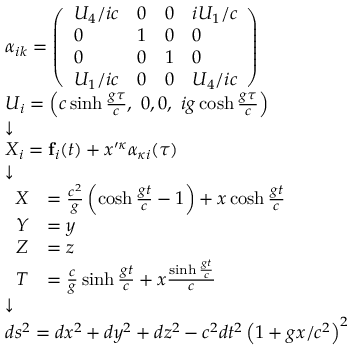
\scriptstyle { \begin{array} { l } { \alpha _ { i k } = \left( { \begin{array} { l l l l } { U _ { 4 } / i c } & { 0 } & { 0 } & { i U _ { 1 } / c } \\ { 0 } & { 1 } & { 0 } & { 0 } \\ { 0 } & { 0 } & { 1 } & { 0 } \\ { U _ { 1 } / i c } & { 0 } & { 0 } & { U _ { 4 } / i c } \end{array} } \right) } \\ { U _ { i } = \left( c \sinh { \frac { g \tau } { c } } , \ 0 , 0 , \ i g \cosh { \frac { g \tau } { c } } \right) } \\ { { \boldsymbol { \downarrow } } } \\ { X _ { i } = \mathbf { f } _ { i } ( t ) + x ^ { \prime \kappa } \alpha _ { \kappa i } ( \tau ) } \\ { { \boldsymbol { \downarrow } } } \\ { { \begin{array} { r l } { X } & { = { \frac { c ^ { 2 } } { g } } \left( \cosh { \frac { g t } { c } } - 1 \right) + x \cosh { \frac { g t } { c } } } \\ { Y } & { = y } \\ { Z } & { = z } \\ { T } & { = { \frac { c } { g } } \sinh { \frac { g t } { c } } + x { \frac { \sinh { \frac { g t } { c } } } { c } } } \end{array} } } \\ { { \boldsymbol { \downarrow } } } \\ { d s ^ { 2 } = d x ^ { 2 } + d y ^ { 2 } + d z ^ { 2 } - c ^ { 2 } d t ^ { 2 } \left( 1 + g x / c ^ { 2 } \right) ^ { 2 } } \end{array} }